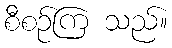
စီစဉ်ကြ သည်။